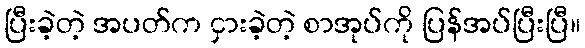
ပြီးခဲ့တဲ့ အပတ်က ငှားခဲ့တဲ့ စာအုပ်ကို ပြန်အပ်ပြီးပြီ။